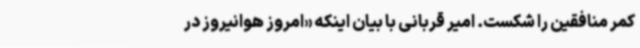
کمر منافقین را شکست. امیر قربانی با بیان اینکه «امروز هوانیروز در